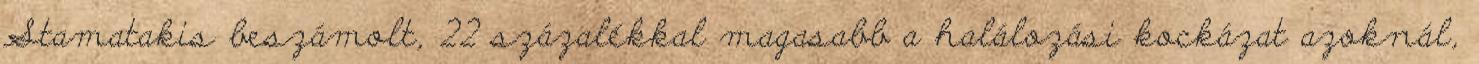
Stamatakis beszámolt, 22 százalékkal magasabb a halálozási kockázat azoknál,